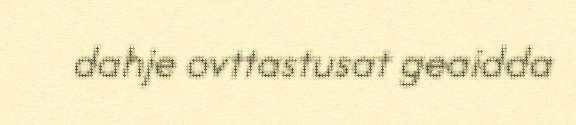
dahje ovttastusat geaidda